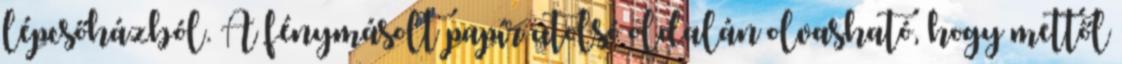
lépcsőházból. A fénymásolt papír utolsó oldalán olvasható, hogy mettől